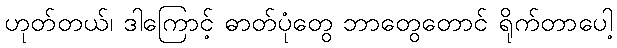
ဟုတ်တယ်၊ ဒါကြောင့် ဓာတ်ပုံတွေ ဘာတွေတောင် ရိုက်တာပေါ့